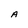
Character: A